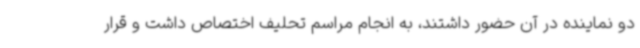
دو نماینده در آن حضور داشتند، به انجام مراسم تحلیف اختصاص داشت و قرار